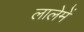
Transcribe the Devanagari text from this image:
लालेमें